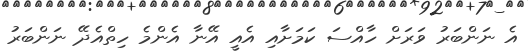
އެ ނަންބަރު ވަރަށް ހާއްސަ ކަމަށާއި އެއީ އޭނާ އެންމެ ހިތްއެދޭ ނަންބަރު